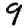
Digit: 9